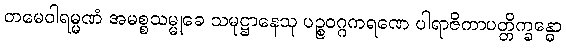
တမေဝါရမ္မဏံ အမစ္စသမ္မုခေ သမုဋ္ဌာနေသု ပဉ္စဝဂ္ဂကရဏေ ပါရာဇိကာပတ္တိက္ခန္ဓော